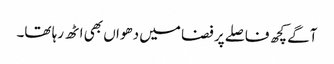
آگے کچھ فاصلے پر فضا میں دھواں بھی اٹھ رہا تھا۔